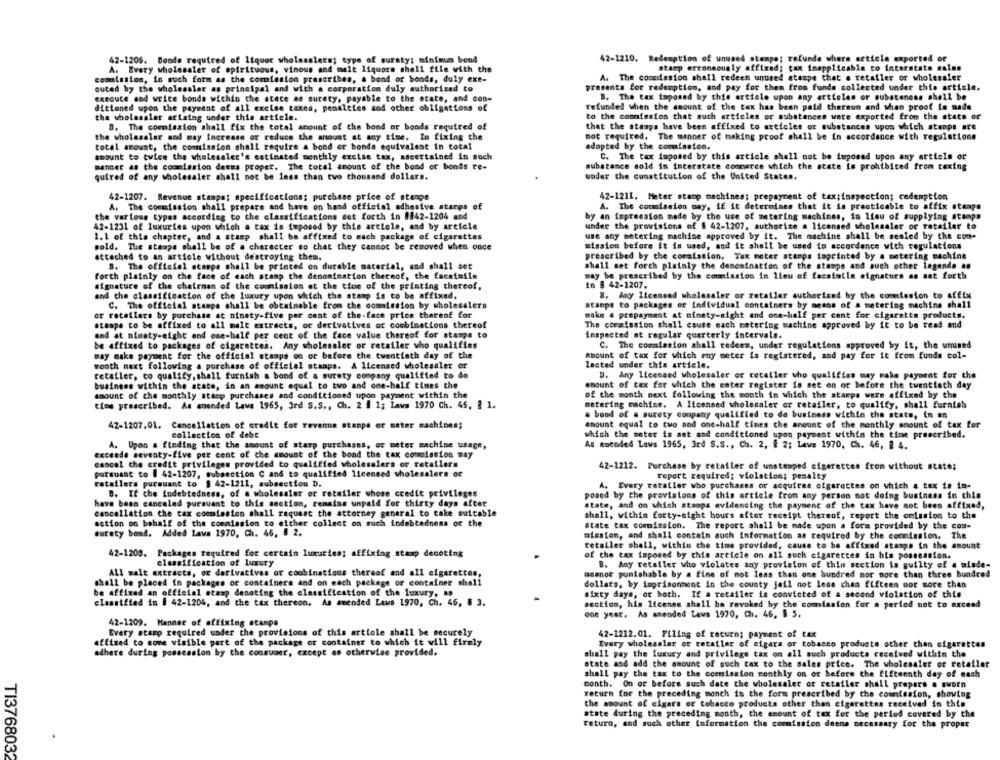
42-1206. Bonds required of liquor wholesalers; type of suraty; minimum bond
42-1210. Redemption of unused stempo; refunds where article exported or
A. Every wholesaler of spirituous, vinous and malt liquore shell file with the
stamp erroneously affixed; tax inapplicable to interstate sales
A. The commission shall redeem unused stamps that a retailer or wholesaler
comission, in such form as the commission prescribes, a bond or bonds, duly exe-
cuted by the wholesaler as principal and wich a corporation duly authorized to
presents for redemption, and pay for them from funds collected under this article.
execute and write bonde wichin che state as surety, payable to the state, and con-
B. The tax imposed by this article upon any articles or substances shell be
refunded when the amount of the tex has been paid thereon and when proof is made
ditioned upon the payment of all excise taxes, penaletes and other obligations of
the wholesaler artaing under this article.
to the comission that such articles or substances were exported from the state or
B. The commission shall fix the total amount of the bond or bonds required of
that the stampa have been affixed to articles or substances upon which stemps are
the wholesaler and may increase or reduce the amount at any time. In fixing the
not required. The manner of making proof shall be in accordance with regulations
total amount, the commission chall require a bond or bonds equivalent in total
adopted by the commission.
amount to twice the wholesaler's estimated monthly excise tax, ascertained in such
C. The tax imposed by this article shall not be imposed upon any article or
manner as the commission deems proper. The total amount of the bond or bonds re-
substance sold in interstate commerce which the state is prohibited from taxing
under the constitution of the United States.
quired of any wholesaler shall not be less than two thousand dollars.
42-1207. Revenue stampa; specifications; purchase price of stengs
42-121L. Meter stamp machines; prepayment of tax;inspection; redemption
A. The commission shall prepare and have on hand official adhesive stares of
A. The commission may, if it determines that it is practicable to affix stamps
the various types according to the classifications set forth in 8842-1204 and
by an impression made by the use of metering machines, in lieu of supplying ittapa
42-1231 of luxuries upon which a tax is imposed by this article, and by article
under the provisions of $ 42-1207, authorize a licensed wholesaler or retailer to
1. 1 of this chapter, and a stamp shall be affixed to each package of cigarettes
use any metering machine approved by it. The machine shall be sesled by the com-
sold. The stamps shall be of a character so that they cannot be removed when once
mission before it is used, and it shall be used to accordance with regulations
attached to an article without destroying them.
prescribed by the commission. Tax meter atemps toprinted by a metering machine
8. The officiel ataspe shall be printed on durable material, and shall set
shall set forth plainly the denomination of the stamps and such other legenda as
forth plainly on the face of each stamp the denomination thereof, the facsimile
may be prescribed by the commission in lieu of facsimile signature as set forth
signature of the chairman of the coomission at the tiue of the printing thereof,
in # 42-1207.
and the classification of the luxury upon which the stamp is to be affixed.
B. Any licensed wholesaler or retailer authorized by the commission to affix
C. The official stampa shall be obtainable from the commission by wholesalers
stampe to packages of Individual containers by means of a metering machine shall
or retailers by purchase at ninety-five per cent of the-face price thereof for
make . prepayment at ninety-sight and one-half per cent for cigaretta products.
stampa to be affixed to all malt extracts, or derivatives or combinations thereof
The cceafssion shall cause each metering machine approved by it to be read and
and at ninety-eight end one-half per cent of the face value thereof for stamps to
Inspected at regular quarterly intervals.
be affixed to packages of cigarettes. Any wholesaler or retailer who qualifies
C. The commission ahall redeem, under regulations approved by it, the unused
Bay make payment for the official stamps on or before the twentieth day of the
amount of tax for which chy meter is registered, and pay for it from funds col-
month maxt following a purchase of official stamps. A licensed wholesaler or
lected under this article.
retailer, co qualify, shall furnish a bond of a surety company qualified to do
D. Any licensed wholesaler or retailer who qualifies may wake payment for the
business within the state, in an amount equal to two and one-half times the
amount of tax for which the meter register is set on or before the twentieth day
amount of the monthly sttcp purchases and conditioned upon payment within the
of the month next following the month in which the starps were affixed by the
cios prescribed. As amended Laws 1965, Ird S.S ., Ch. 2 1 1; Laws 1970 Ch. 45. 8 1.
metering machine. A licensed wholesaler or retailer, to qualify, shall furnish
. bond of a surety company qualified to do business within the state, in an
42-1207.01. Cancellation of credit for revenue stampa or meter machines;
amount equal to two and one-half times the amount of the monthly amount of tax for
collection of debt
which the meter is set and conditioned upon payment within the time prescribed.
A. Upon a finding that the amount of starp purchases, or meter machine usage,
As amended Laws 1965, 3rd S.S ., Ch. 2, § 2: Lavs 1970, Ch. 46, 1 4.
exceada seventy-five per cent of the amount of the bond the tax commission way
cancel the credit privileges provided to qualified wholesalers or retailers
42-1212. Purchase by retailer of unstauned cigarettes from without state;
porsusse to 1 42-1207, subsection C and to qualified licensed wholesalers or
report required; violation; penalty
retailers pursuant to $ 42-1211, subsection D.
A. Every rataller who purchases or acquires cigarettes on which a tax is im-
B. If che indebtedness, of a wholesaler or retailer whose credit privileges
posed by the provisions of this article from any person not doing business in this
have been canceled pursuant to this section, renaiss unpaid for thirty days after
state, and on which stamps evidencing the payment of the tax have not been affixed,
cancellation the tax commission shall request the attorney general to take suitable
shall, within forty-eight hours after receipt thereof, report the omission to the
action on behalf of the commission to either collect on such indebtedness of the
state tax commission. The report shall be made upon a form provided by the con-
surety bond. Added Lava 1970, Ch. 46, 8 2.
mission, and shall contain such information as required by the commission. The
retailer shall, within the time provided, cause to be affixed stamps in the amount
42-1208. Packages required for certain luxuries; affixing staop denoting
of the tax imposed by this article on all such cigarettes in his possession.
classification of luxury
B. Any retailer who violates any provision of thin section is guilty of a ulade-
All malt extracts, or derivatives or combinations thereof and all cigarettes,
meanor punishable by a fine of not less than one hundred nor more than three hundred
shall be placed in packages or containers and on each package or container shall
dollars, by imprisonment in the county jail not less chan fifteen oor more than
be affixed an official stamp denoting the classification of the luxury, as
sixty days, or both. If a retailer is convicted of a second violation of this
classified in # 42-1204, and the tax thereon. As amended Laws 1970, Ch. 45, 8 3.
section, his license shall be revoked by the comission for a period not to exceed
one year. As amended Laws 1970, Ch. 46. 5 5.
42-1209. Manner of affixing stampe
Every stamp required under the provisions of this article shall be securely
42-1212.01. Filing of return; payment of tax
affixed to come visible part of the package or container to which it will firmly
Every wholesaler or retailer of cigara or tobacco products other than cigarettes
adhere during possession by the consuaer, except as otherwise provided.
shall pay the luxury and privilege tax on all such products received within the
state and add the amount of such tax to the sales price. The wholesaler or retailer
shall pay the tax to the commission monthly on or before the fifteenth day of each
month. On or before such date the wholesaler or retailer shall prepare a sworn
return for the preceding monch is the form prescribed by the commission, showing
the amount of cigars of tobacco products other than cigarettes received in this
state during the preceding month, the amount of tax for the period covered by the
returo, and such other information the commission deene necessary for the proper
TI3768032